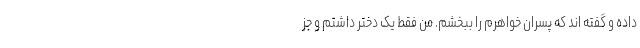
داده و گفته اند که پسران خواهرم را ببخشم. من فقط یک دختر داشتم و جز